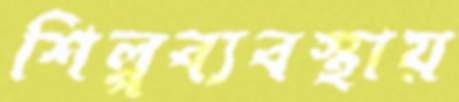
শিল্পব্যবস্থায়